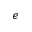
e